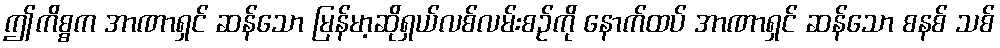
ဤကိစ္စက အာဏာရှင် ဆန်သော မြန်မာ့ဆိုရှယ်လစ်လမ်းစဉ်ကို နောက်ထပ် အာဏာရှင် ဆန်သော စနစ် သစ်